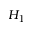
H _ { 1 }